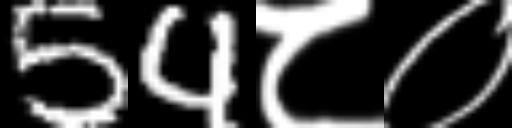
Text: 54८०